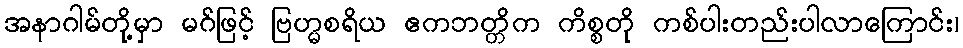
အနာဂါမ်တို့မှာ မဂ်ဖြင့် ဗြဟ္မစရိယ ဧကဘတ္တိက ကိစ္စတို ကစ်ပါးတည်းပါလာကြောင်း၊